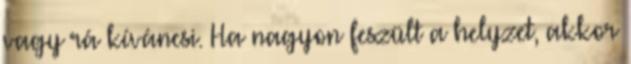
vagy rá kíváncsi. Ha nagyon feszült a helyzet, akkor